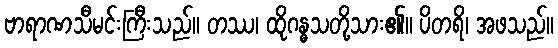
ဗာရာဏသီမင်းကြီးသည်။ တဿ၊ ထိုဂန္ဓသတို့သား၏။ ပိတရိ၊ အဖသည်။